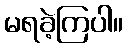
မရခဲ့ကြပါ။